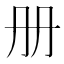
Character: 册